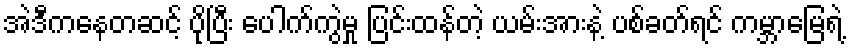
အဲဒီကနေတဆင့် ပိုပြီး ပေါက်ကွဲမှု ပြင်းထန်တဲ့ ယမ်းအားနဲ့ ပစ်ခတ်ရင် ကမ္ဘာမြေရဲ့